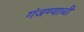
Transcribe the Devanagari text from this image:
गंजण्याची